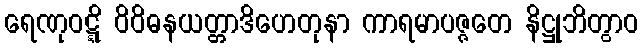
ရေဏုဝဋ္ဋိ ဝိဝိဓနယတ္တာဒိဟေတုနာ ကာရမာပဇ္ဇတေ နိဋ္ဌုဘိတွာဝ